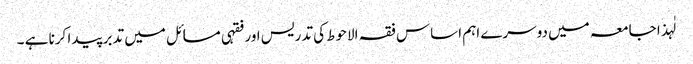
لٰہذا جامعہ میں دوسرے اہم اساس فقہ الاحوط کی تدریس اور فقہی مسائل میں تدبر پیدا کرنا ہے ۔